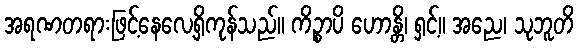
အရဏတရားဖြင့်နေလေ့ရှိကုန်သည်။ ကိဉ္စာပိ ဟောန္တိ၊ ရှင့်။ အညေ၊ သုဘူတိ